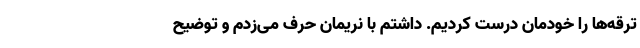
ترقه‌ها را خودمان درست کردیم. داشتم با نریمان حرف می‌زدم و توضیح